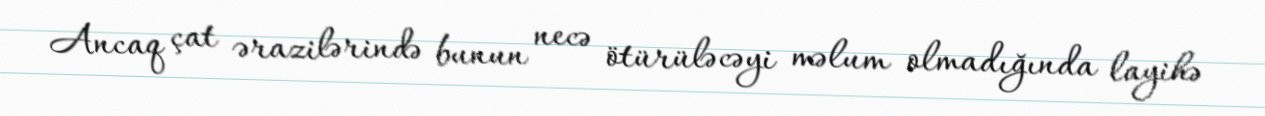
Ancaq çat ərazilərində bunun necə ötürüləcəyi məlum olmadığında layihə